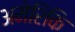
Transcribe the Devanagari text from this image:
अमेरिकि